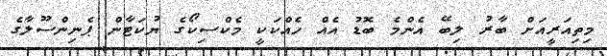
މިތިއަރީއަށް ބާރު ލިބޭ އެންމެ ބޮޑު އެއް ހެއްކަކީ މެކްސިކޯގެ ޔުކަޓާން ޕެނިންސޫލާގެ